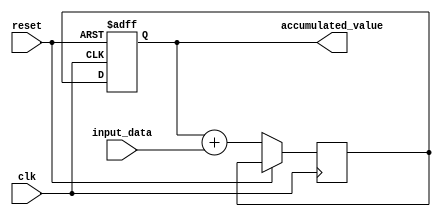
module accumulator (
    input wire clk,
    input wire reset,
    input wire [7:0] input_data,
    output reg [15:0] accumulated_value
);

reg [15:0] temp_accumulated_value;

always @(posedge clk or posedge reset) begin
    if (reset) begin
        accumulated_value <= 16'h0000;
    end else begin
        temp_accumulated_value <= accumulated_value + input_data;
        accumulated_value <= temp_accumulated_value;
    end
end

endmodule